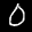
Label: 0